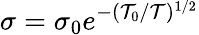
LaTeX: \sigma=\sigma_{0}e^{-(\mathcal{T}_{0}/\mathcal{T})^{1/2}}